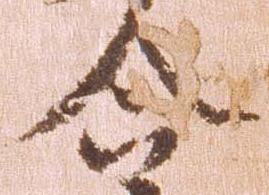
令